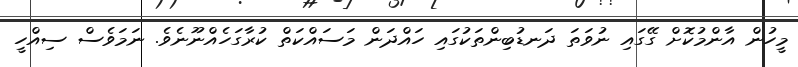
މީހުން އާންމުކޮށް ގޭގައި ނުވަތަ ދަނޑުބިންތަކުގައި ހައްދަން މަސައްކަތް ކުރާގަހެއްނޫނެވެ. ނަމަވެސް ސިއްހީ